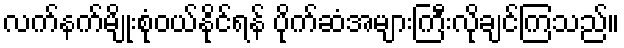
လက်နက်မျိုးစုံဝယ်နိုင်ရန် ပိုက်ဆံအများကြီးလိုချင်ကြသည်။